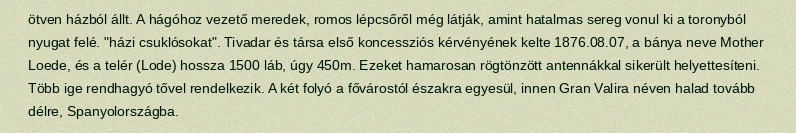
ötven házból állt. A hágóhoz vezető meredek, romos lépcsőről még látják, amint hatalmas sereg vonul ki a toronyból nyugat felé. "házi csuklósokat". Tivadar és társa első koncessziós kérvényének kelte 1876.08.07, a bánya neve Mother Loede, és a telér (Lode) hossza 1500 láb, úgy 450m. Ezeket hamarosan rögtönzött antennákkal sikerült helyettesíteni. Több ige rendhagyó tővel rendelkezik. A két folyó a fővárostól északra egyesül, innen Gran Valira néven halad tovább délre, Spanyolországba.